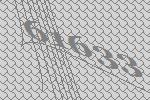
61633